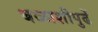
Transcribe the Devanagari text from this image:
बळाशीपुढें